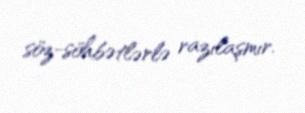
söz-söhbətlərlə razılaşmır.